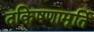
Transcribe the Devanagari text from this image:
दकि्षणामूर्ति